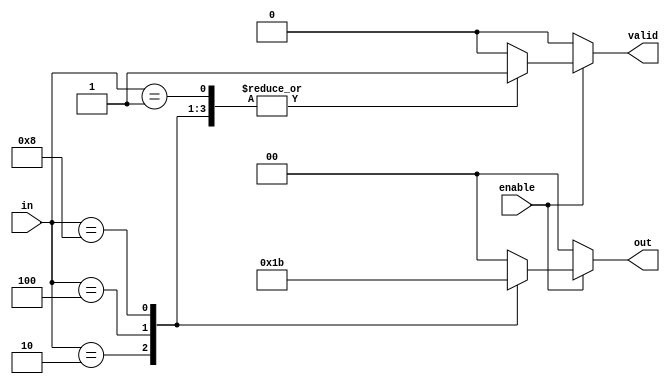
module multilevel_encoder (
    input wire [3:0] in,      // 4 input lines
    input wire enable,        // Enable signal
    output reg [1:0] out,     // 2 output lines
    output reg valid          // Output valid signal
);

    always @(*) begin
        if (!enable) begin
            out = 2'b00;      // Outputs remain low when disabled
            valid = 1'b0;     // Valid signal low when disabled
        end else begin
            case (in)
                4'b0001: begin
                    out = 2'b00; // Input 0 active
                    valid = 1'b1;
                end
                4'b0010: begin
                    out = 2'b01; // Input 1 active
                    valid = 1'b1;
                end
                4'b0100: begin
                    out = 2'b10; // Input 2 active
                    valid = 1'b1;
                end
                4'b1000: begin
                    out = 2'b11; // Input 3 active
                    valid = 1'b1;
                end
                default: begin
                    out = 2'b00; // Default case (no valid input)
                    valid = 1'b0; // No valid output
                end
            endcase
        end
    end

endmodule